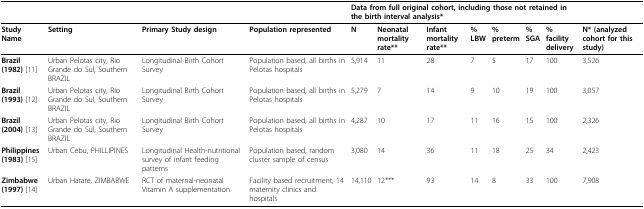
<table><thead><tr><td></td><td></td><td></td><td></td><td colspan="7"><b>Data from full original cohort, including those not retained in the birth interval analysis*</b></td><td></td></tr></thead><tbody><tr><td><b>Study Name</b></td><td><b>Setting</b></td><td><b>Primary Study design</b></td><td><b>Population represented</b></td><td><b>N</b></td><td><b>Neonatal mortality rate**</b></td><td><b>Infant mortality rate**</b></td><td><b>% LBW</b></td><td><b>% preterm</b></td><td><b>% SGA</b></td><td><b>% facility delivery</b></td><td><b>N* (analyzed cohort for this study)</b></td></tr><tr><td><b>Brazil (1982) </b>[11]</td><td>Urban Pelotas city, Rio Grande do Sul, Southern BRAZIL</td><td>Longitudinal Birth Cohort Survey</td><td>Population based, all births in Pelotas hospitals</td><td>5,914</td><td>11</td><td>28</td><td>7</td><td>5</td><td>17</td><td>100</td><td>3,526</td></tr><tr><td><b>Brazil (1993) </b>[12]</td><td>Urban Pelotas city, Rio Grande do Sul, Southern BRAZIL</td><td>Longitudinal Birth Cohort Survey</td><td>Population based, all births in Pelotas hospitals</td><td>5,279</td><td>7</td><td>14</td><td>9</td><td>10</td><td>19</td><td>100</td><td>3,057</td></tr><tr><td><b>Brazil (2004) </b>[13]</td><td>Urban Pelotas city, Rio Grande do Sul, Southern BRAZIL</td><td>Longitudinal Birth Cohort Survey</td><td>Population based, all births in Pelotas hospitals</td><td>4,287</td><td>10</td><td>17</td><td>11</td><td>16</td><td>15</td><td>100</td><td>2,326</td></tr><tr><td><b>Philippines (1983) </b>[15]</td><td>Urban Cebu, PHILLIPINES</td><td>Longitudinal Health-nutritional survey of infant feeding patterns</td><td>Population based, random cluster sample of census</td><td>3,080</td><td>14</td><td>36</td><td>11</td><td>18</td><td>25</td><td>34</td><td>2,423</td></tr><tr><td><b>Zimbabwe (1997) </b>[14]</td><td>Urban Harare, ZIMBABWE</td><td>RCT of maternal-neonatal Vitamin A supplementation</td><td>Facility based recruitment, 14 maternity clinics and hospitals</td><td>14,110</td><td>12***</td><td>93</td><td>14</td><td>8</td><td>33</td><td>100</td><td>7,908</td></tr></tbody></table>